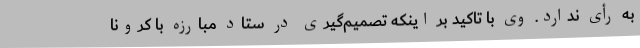
به رأی ندارد. وی با تاکید بر اینکه تصمیم‌گیری در ستاد مبارزه با کرونا